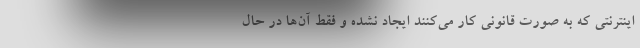
اینترنتی که به صورت قانونی کار می‌کنند ایجاد نشده و فقط آن‌ها در حال